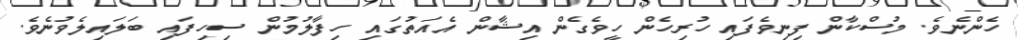
ހެންނެވެ. މުސްކާން ފިނިވެފައި ހުރިހެން ހީވެގެން އިޝާން އެއަތުގައި ހިފާލުމުން ސިހިފައި ބަލައިލެވުނެވެ.